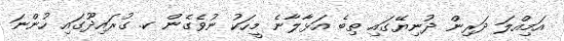
އަމިއްލަ ދަރިން ދުނިޔޭގައި ތިބެ އަޅާލާނެ މީހަކު ނުވެގެން ކ. ގުރައިދޫގައި ހުންނަ